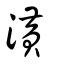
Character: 潢